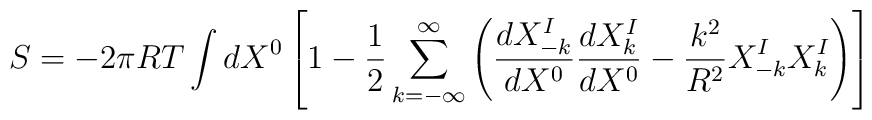
S=-2\pi R T\int dX^0\left[ 1 -{1\over 2}\sum_{k=-\infty}^{\infty}\left( {dX_{-k}^I\over dX^0}{dX_k^I\over dX^0}-{k^2\over R^2} X^I_{-k}X^I_k\right)\right]